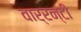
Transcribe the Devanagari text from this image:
वार्रन्टी